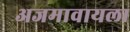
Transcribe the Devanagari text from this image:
अजमावायला